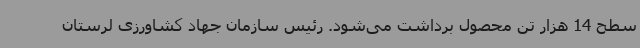
سطح 14 هزار تن محصول برداشت می‌شود. رئیس سازمان جهاد کشاورزی لرستان